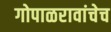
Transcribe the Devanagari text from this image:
गोपाळरावांचेच